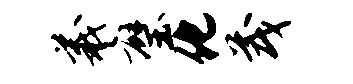
羲璧化茂